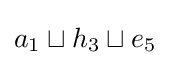
a_{1}\sqcup h_{3}\sqcup e_{5}